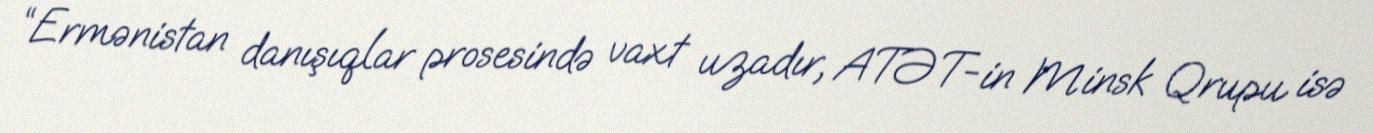
“Ermənistan danışıqlar prosesində vaxt uzadır, ATƏT-in Minsk Qrupu isə